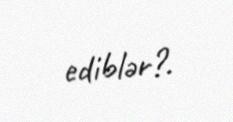
ediblər?.